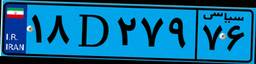
۱۸D۲۷۹۷۶